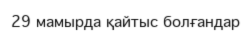
29 мамырда қайтыс болғандар